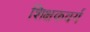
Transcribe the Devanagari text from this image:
शिक्षकवर्ग